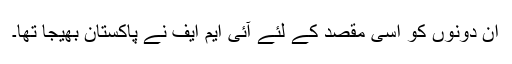
ان دونوں کو اسی مقصد کے لئے آئی ایم ایف نے پاکستان بھیجا تھا۔